Code of medical and sanitary regulations for the guidance of medical officers serving in the Madras Presidency - Volume I
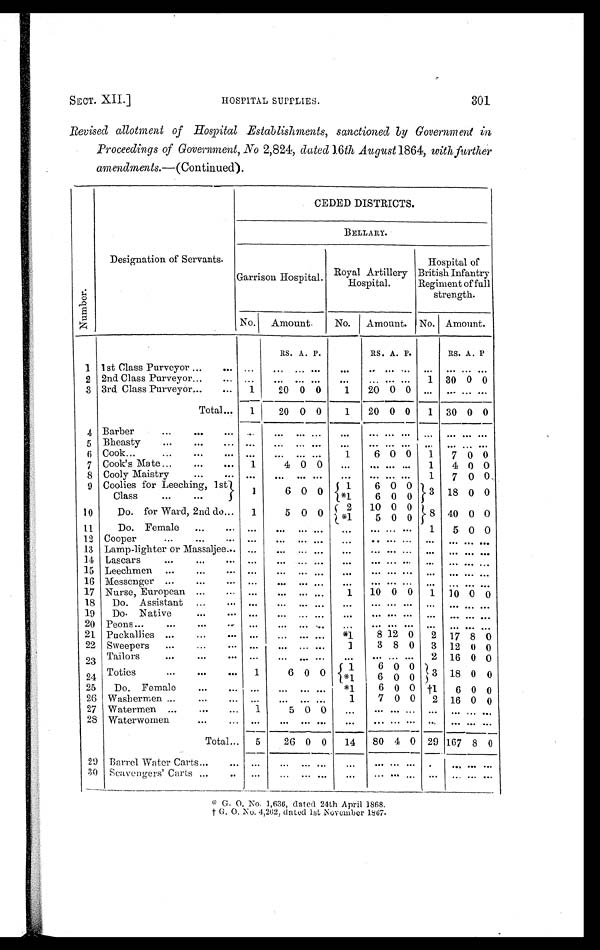
SECT. XII.] HOSPITAL SUPPLIES. 301
Revised allotment of Hospital Establishments, sanctioned by Government in
Proceedings of Government, No 2,824, dated 16th August 1864, with further
amendments. — (Continued).
Nu mb e r .
Designation of Servants.
CEDED DISTRICTS.
BELLARY.
Garrison Hospital. Royal Artillery
Hospital.
Hospital of
British Infantry
Regiment of full
strength.
No. Amount.
No. Amount. No. Amount.
RS. A. P.
RS. A. P.
RS. A. P
1 1st Class Purveyor ...
. . .
. . . . . . ... ...
. . .
. . . . . . . . . ...
. . . ...
. . .
2 2nd Class Purveyor
...
...
...
... ... ...
...
. . . . . . . . . 1 30 0 0
3 3rd Class Purveyor
...
...
1
20 0 0
1 20 0 0 ... ...
... . . .
Total ... 1
20 0 0
1 20 0 0 1 30 0 0
4 Barber
...
... . . .
. . . ... ... ...
. . .
. . . . . . . . . ...
. . . ...
. . .
5 Bheasty
...
. . . . . . . . .
. . . . . . ... ...
. . . . . . . . . . . .
. . . ...
. . .
6 Cook ...
...
. . .
...
. . .
. . . . . . ...
1
6 0 0 1 7 0 0
7 Cook's Mate
. . .
. . .
...
1
4 0 0 ...
. . . . . . . . . 1 4 0 0
8 Cooly Maistry
. . . . . . ...
. . . . . .
... ... ... . . . . . . 1 7 0 0
9 Coolies for Leeching, lst
1
6 0 0
1
6 0 0 3 18 0 0
Class
...
...
*1
6 0 0
10
Do. for Ward, 2nd do ... 1
5 0 0
2 10 0 0 8 40 0 0
* 1 5 0 0
11
Do. Female
. . . . . . ...
. . .
. . .
... ...
. . . . . . . . . 1 5 0 0
12 Cooper
...
...
. . . ...
. . .
. . . ... ...
. . . . . . . .
. . . . . .
...
. . .
13 Lamp-lighter or Massaljee . . . ...
. . .
. . .
... ...
. . . . . . . . .
. . . . . .
...
. . .
14 Lascars
...
. . . . . . ...
. . .
. . . ... ...
. . . . . . . . .
. . . . . .
...
. . .
15 Leeehmen ...
...
. . . . . .
. . . . . . ...
. . .
. . . . . . . . .
. . .
. . . ...
. . .
16 Messenger ...
...
. . .
. . .
. . . . . . ...
...
. . . . . . . . . ... ... ... ...
17 Nurse, European ...
. . .
. . .
. . .
. . . ...
1 10 0 0 1 10 0 0
18 Do. Assistant ...
. . .
. . .
. . .
. . . ...
. . .
. . . . . . . . .
. . . . . .
...
. . .
19 Do. Native
...
... ...
... ... ...
. . .
. . . . . . . . .
. . . . . .
...
. . .
20 Peons
...
...
... ...
... ... ... ...
. . . . . . . . . ... ... ... ...
21 Puckallies ...
...
. . .
. . .
. . .
. . .... *1
8 12 0 2 17 8 0
22 Sweepers ...
...
... ...
. . .
. . . ...
1
3 8 0 3 12 0 0
23 Tailors
...
... . . . ...
. . .
. . .
...
. . .
... ... ... 2 16 0 0
24 Toties
...
. . . . . . 1
6 0 0
1
6 0 0
3 18 0 0
* 1
6 0 0
25 Do. Female
...
. . . . . .
. . .
. . . ... *1
6 0 0
† 1 6 0 0
26 Washermen ...
...
... ...
... ... ...
1
7 0 0 2 16 0 0
27 Watermen ...
...
... 1
5 0 0 ...
... . . . . . .
. . .
. . . . . . . . .
28 Waterwomen
... ... ...
. . . . . . . . . ...
. . . . . . . . .
. . . . . .
...
. . .
Total ... 5
26 0 0 14 80 4 0 29 167 8 0
29 Barrel Water Carts ...
. . .
. . . ... ... ...
...
. . . . . . . . .
. . . .
...
. . .
30 Scavengers' Carts ...
. .
. . . ... ... ... . . .
. . . . . . . . .
. . . . . .
...
. . .
* G . O . N o . 1 , 6 3 6 , d a t e d 2 4 t h A p r i l 1 8 6 8 .
† G . O . N o . 4 , 2 6 2 , d a t e d 1 s t N o v e m b e r 1 8 6 7 .